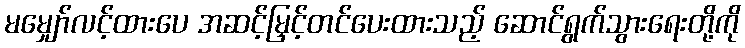
မမျှော်လင့်ထားပေ အဆင့်မြှင့်တင်ပေးထားသည့် ဆောင်ရွက်သွားရေးတို့ကို